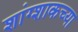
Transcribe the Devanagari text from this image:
शांग्शाकच्या